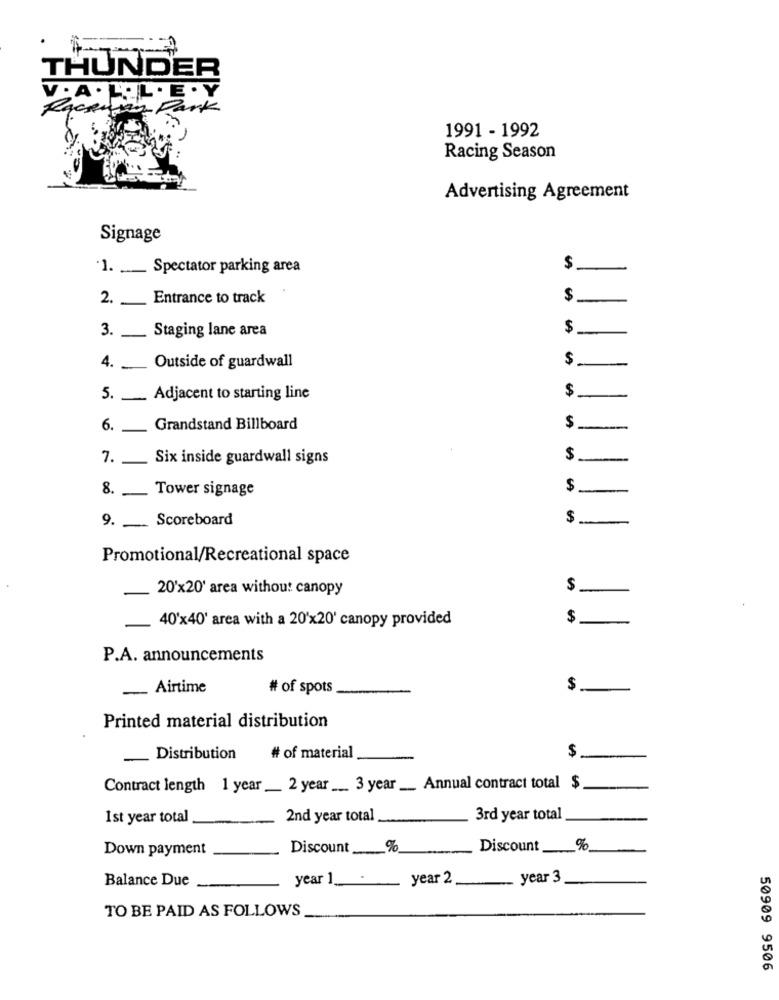
THUNDER
V. A . H.L. E .Y
Raceway Park
1991 - 1992
Racing Season
Advertising Agreement
Signage
1. ___ Spectator parking area
$
2.
Entrance to track
$
-
3.
Staging lane area
$
-
$
4. _
Outside of guardwall
-
$
5. _ Adjacent to starting line
-
6.
Grandstand Billboard
$-
7 .
Six inside guardwall signs
8. -
Tower signage
$
-
9 ._ Scoreboard
$
-
Promotional/Recreational space
20'x20' area without canopy
$
40'x40' area with a 20'x20' canopy provided
$
P.A. announcements
_ Airtime
# of spots
$
Printed material distribution
$
- Distribution
# of material
Contract length 1 year __ 2 year __. 3 year __ Annual contract total $
1st year total
2nd year total
3rd year total
Down payment
Discount %
Discount
Balance Due
year 1
.
year 2
year 3
TO BE PAID AS FOLLOWS
50909 9506